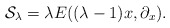
\begin{align*}{\cal S}_{\lambda}= \lambda E((\lambda-1)x,\partial_x).\end{align*}